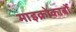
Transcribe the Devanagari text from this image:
माइक्रोकार्बो